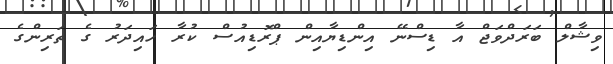
ވިޝާލް ބަރަދްވަޖް އާ ޑިސްނޭ އިންޑިޔާއިން ޕްރޮޑިއުސް ކުރާ ހައިދަރު ގެ ތަރިންގެ